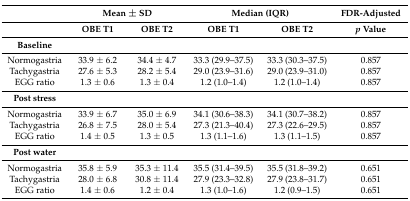
<table><thead><tr><td></td><td colspan="2"><b>Mean ± SD</b></td><td colspan="2"><b>Median (IQR)</b></td><td><b>FDR-Adjusted</b></td></tr><tr><td></td><td><b>OBE T1</b></td><td><b>OBE T2</b></td><td><b>OBE T1</b></td><td><b>OBE T2</b></td><td><b><i>p</i> Value</b></td></tr></thead><tbody><tr><td><b>Baseline</b></td><td></td><td></td><td></td><td></td><td></td></tr><tr><td>Normogastria</td><td>33.9 ± 6.2</td><td>34.4 ± 4.7</td><td>33.3 (29.9–37.5)</td><td>33.3 (30.3–37.5)</td><td>0.857</td></tr><tr><td>Tachygastria</td><td>27.6 ± 5.3</td><td>28.2 ± 5.4</td><td>29.0 (23.9–31.6)</td><td>29.0 (23.9–31.0)</td><td>0.857</td></tr><tr><td>EGG ratio</td><td>1.3 ± 0.6</td><td>1.3 ± 0.4</td><td>1.2 (1.0–1.4)</td><td>1.2 (1.0–1.4)</td><td>0.857</td></tr><tr><td><b>Post stress</b></td><td></td><td></td><td></td><td></td><td></td></tr><tr><td>Normogastria</td><td>33.9 ± 6.7</td><td>35.0 ± 6.9</td><td>34.1 (30.6–38.3)</td><td>34.1 (30.7–38.2)</td><td>0.857</td></tr><tr><td>Tachygastria</td><td>26.8 ± 7.5</td><td>28.0 ± 5.4</td><td>27.3 (21.3–40.4)</td><td>27.3 (22.6–29.5)</td><td>0.857</td></tr><tr><td>EGG ratio</td><td>1.4 ± 0.5</td><td>1.3 ± 0.5</td><td>1.3 (1.1–1.6)</td><td>1.3 (1.1–1.5)</td><td>0.857</td></tr><tr><td><b>Post water</b></td><td></td><td></td><td></td><td></td><td></td></tr><tr><td>Normogastria</td><td>35.8 ± 5.9</td><td>35.3 ± 11.4</td><td>35.5 (31.4–39.5)</td><td>35.5 (31.8–39.2)</td><td>0.651</td></tr><tr><td>Tachygastria</td><td>28.0 ± 6.8</td><td>30.8 ± 11.4</td><td>27.9 (23.3–32.8)</td><td>27.9 (23.8–31.7)</td><td>0.651</td></tr><tr><td>EGG ratio</td><td>1.4 ± 0.6</td><td>1.2 ± 0.4</td><td>1.3 (1.0–1.6)</td><td>1.2 (0.9–1.5)</td><td>0.651</td></tr></tbody></table>